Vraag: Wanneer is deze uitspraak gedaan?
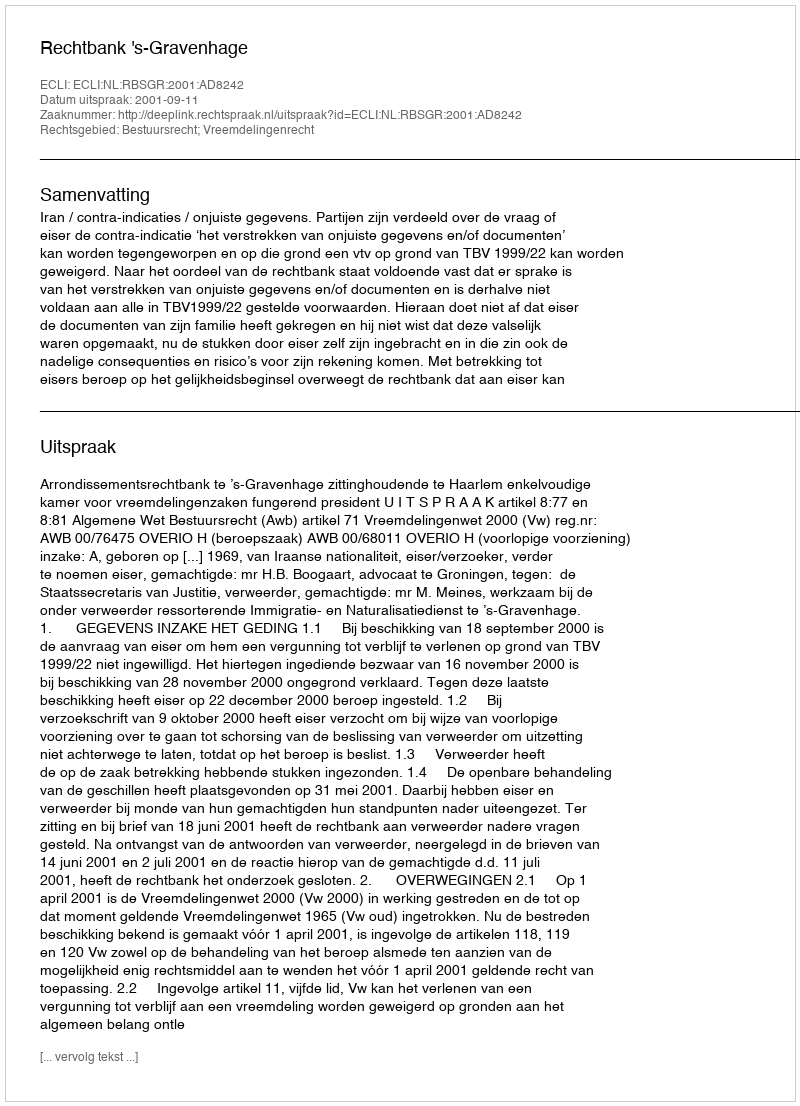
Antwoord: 2001-09-11